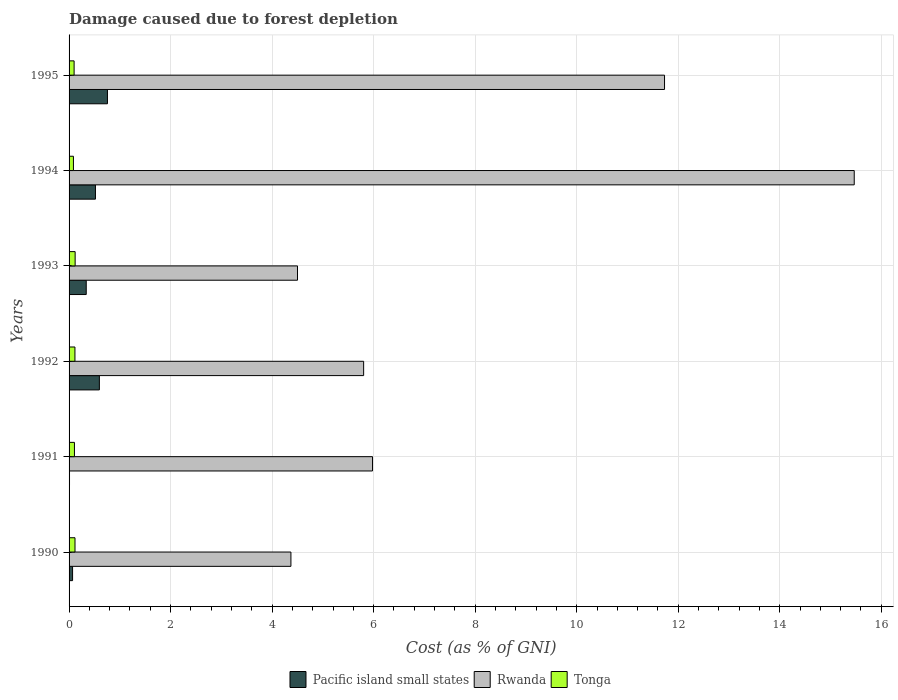
| Years | Pacific island small states | Rwanda | Tonga |
 | --- | --- | --- | --- |
 | 1990 | 0.0692 | 4.37 | 0.117 |
 | 1991 | 0.00868 | 5.98 | 0.106 |
 | 1992 | 0.597 | 5.8 | 0.116 |
 | 1993 | 0.338 | 4.5 | 0.119 |
 | 1994 | 0.52 | 15.5 | 0.0862 |
 | 1995 | 0.756 | 11.7 | 0.0991 |